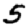
Digit: 5